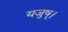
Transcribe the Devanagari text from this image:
यजुष्।